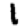
Digit: 1